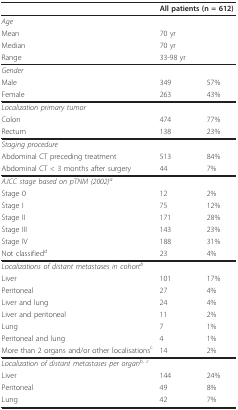
<table><thead><tr><td></td><td colspan="2"><b>All patients (n = 612)</b></td></tr></thead><tbody><tr><td><i>Age</i></td><td></td><td></td></tr><tr><td>Mean</td><td>70 yr</td><td></td></tr><tr><td>Median</td><td>70 yr</td><td></td></tr><tr><td>Range</td><td>33-98 yr</td><td></td></tr><tr><td><i>Gender</i></td><td></td><td></td></tr><tr><td>Male</td><td>349</td><td>57%</td></tr><tr><td>Female</td><td>263</td><td>43%</td></tr><tr><td><i>Localization primary tumor</i></td><td></td><td></td></tr><tr><td>Colon</td><td>474</td><td>77%</td></tr><tr><td>Rectum</td><td>138</td><td>23%</td></tr><tr><td><i>Staging procedure</i></td><td></td><td></td></tr><tr><td>Abdominal CT preceding treatment</td><td>513</td><td>84%</td></tr><tr><td>Abdominal CT &lt; 3 months after surgery</td><td>44</td><td>7%</td></tr><tr><td><i>AJCC stage based on pTNM (2002)<sup>a</sup></i></td><td></td><td></td></tr><tr><td>Stage 0</td><td>12</td><td>2%</td></tr><tr><td>Stage I</td><td>75</td><td>12%</td></tr><tr><td>Stage II</td><td>171</td><td>28%</td></tr><tr><td>Stage III</td><td>143</td><td>23%</td></tr><tr><td>Stage IV</td><td>188</td><td>31%</td></tr><tr><td>Not classified<sup>d</sup></td><td>23</td><td>4%</td></tr><tr><td><i>Localizations of distant metastases in cohort<sup>b</sup></i></td><td></td><td></td></tr><tr><td>Liver</td><td>101</td><td>17%</td></tr><tr><td>Peritoneal</td><td>27</td><td>4%</td></tr><tr><td>Liver and lung</td><td>24</td><td>4%</td></tr><tr><td>Liver and peritoneal</td><td>11</td><td>2%</td></tr><tr><td>Lung</td><td>7</td><td>1%</td></tr><tr><td>Peritoneal and lung</td><td>4</td><td>1%</td></tr><tr><td>More than 2 organs and/or other localisations<sup>c</sup></td><td>14</td><td>2%</td></tr><tr><td><i>Localization of distant metastases per organ<sup>b, c</sup></i></td><td></td><td></td></tr><tr><td>Liver</td><td>144</td><td>24%</td></tr><tr><td>Peritoneal</td><td>49</td><td>8%</td></tr><tr><td>Lung</td><td>42</td><td>7%</td></tr></tbody></table>